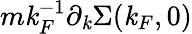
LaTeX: m\mathit{k}_{F}^{-1}\partial_{\mathit{k}}\Sigma(\mathit{k}_{F},0)